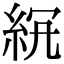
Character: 𥿒